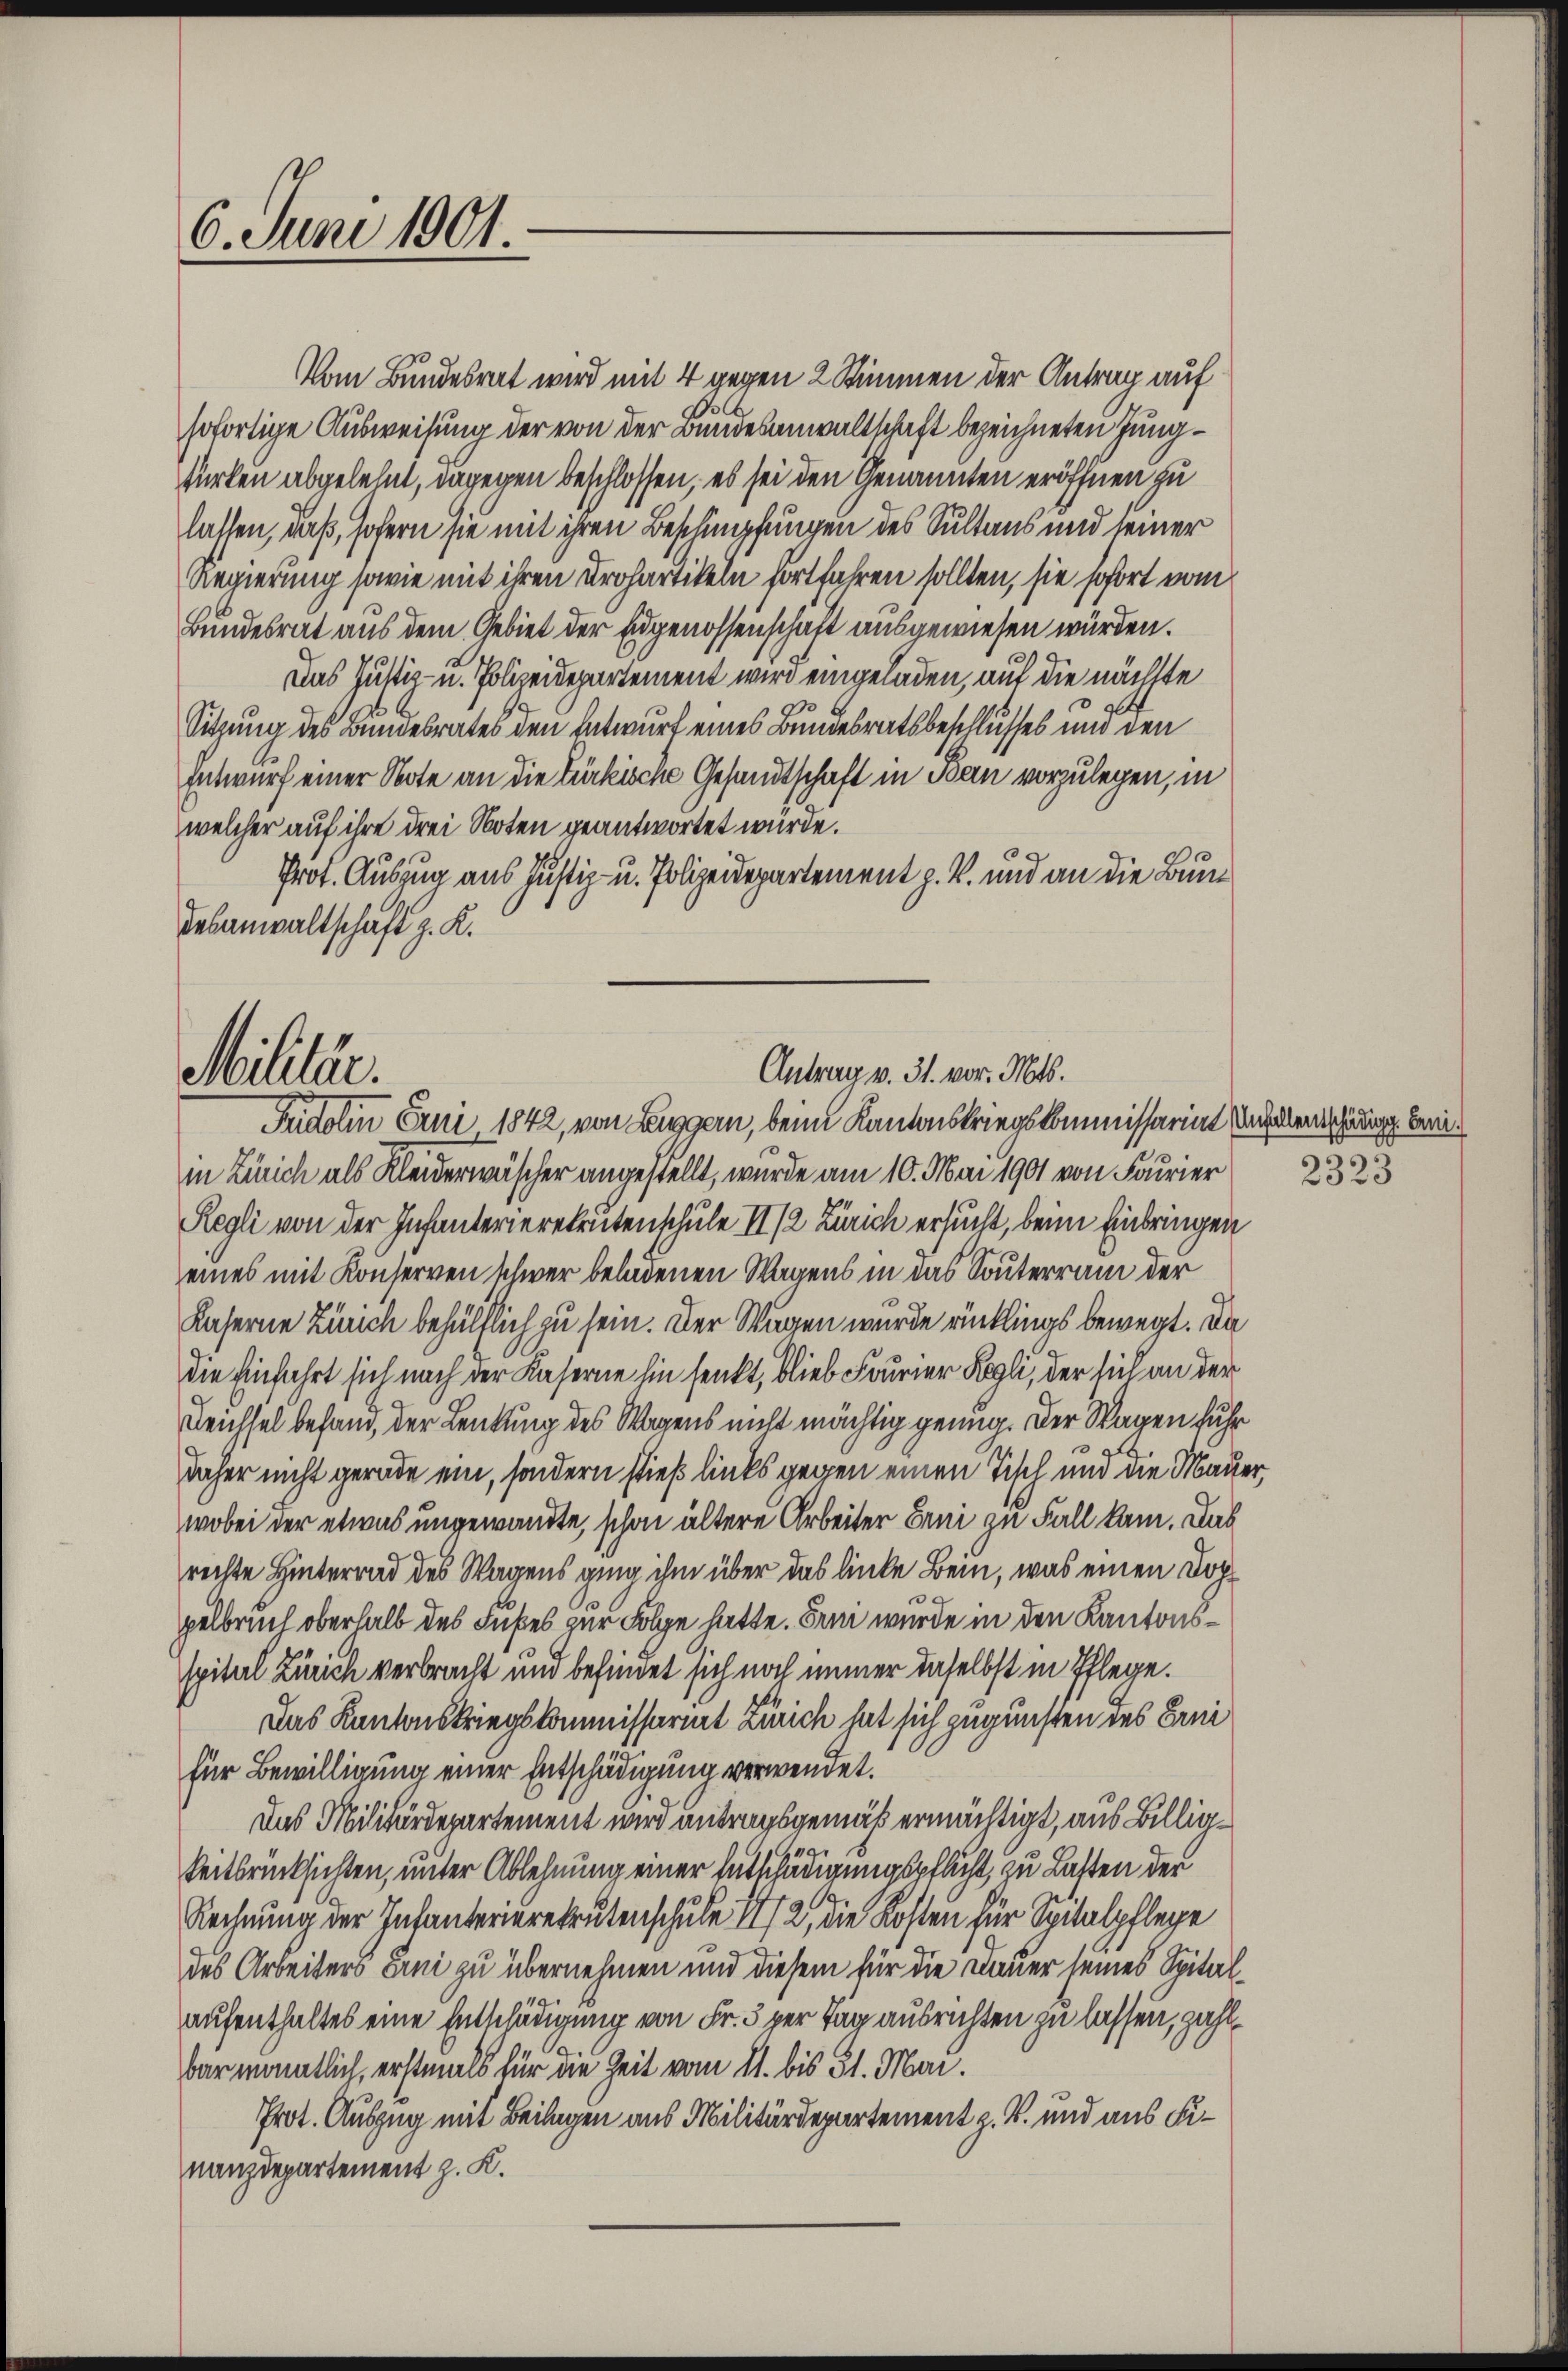
6. Juni 1901

Vom Bundesrat wird mit 4 gegen 2 Stimmen der Antrag auf
sofortige Ausweisung der von der Bundesanwaltschaft bezeichneten Jungwirken abgelehnt, dagegen beschlossen, es sei den Genannten eröffnen zu
lassen, daß, sofern sie mit ihren Beschimpfungen des Sultans und seiner
Regierung sowie mit ihren Drohartikeln fortfahren sollten, sie sofort vom
Bundesrat aus dem Gebiet der Eidgenossenschaft ausgewiesen würden.
Das Justiz- u. Polizeidepartement wird eingeladen, auf die nächste
Sitzung des Bundesrates den Entwurf eines Bundesratsbeschlusses und den
Entwurf einer Note an die Türkische Gesandtschaft in Ban vorzulegen, in
welcher auf ihre drei Noten geantwortet wurde.
Prot. Auszug aus Justiz- u. Polizeidepartement z. B. und an die Bundesanwaltschaft z. K.

Antrag v. 31. vor. Mts.
Militär.
Fidolin Erni 1842, von Leggern, beim Kantonskriegskommissariat Anfallenschauung beri¬

in Zürich als Kleiderwäscher angestellt, wurde am 10. Mai 1901 von Fourier
Regli von der Infanterierekrutenschule II /2 Zürich ersucht, beim Einbringen
eines mit Konserven schwer beladenen Wagens in das Souterrain der
Kaserne Zürich behältlich zu sein. Der Wagen wurde rücklings bewegt. Da
die Einführt sich nach der Kaserne hin senkt, blieb Fourier Regli, der sich an der
Leichsel befand, der Lenkung des Wagens nicht mächtig genug. Der Wagen fuhr
daher nicht gerade ein, sondern stieß links gegen einen Titel und die Mauer,
wobei der etwas ungewandte, schon ältere Arbeiter Erni zu Fall kam. Das
rechte Hinterrad des Wagens ging ihm über das linke Bein, was einen Doppelbruch oberhalb des Fußes zur Folge hatte. Bei wurde in den Kantonsspital Zürich verbracht und befindet sich noch immer daselbst in Pflege.
Das Kantonskriegskommissariat Zürich hat sich zugunsten des Freifür Bewilligung einer Entschädigung verwendet.
Das Militärdepartement wird antragsgemäß ermächtigt, aus Billigkeitsrücksichten, unter Ablehnung einer Entschädigungspflicht, zu Lasten der
Rechnung der Infanterierekrutenschule 1/2, die Kosten für Spitalpflege
des Arbeiters Eini zu übernehmen und diesem für die Dauer seines Spitalaufenthaltes eine Entschädigung von Fr. 3 per Tag ausrichten zu lassen, zahlbar mantlich, erstmals für die Zeit vom 11. bis 31. Mai.
Prot. Auszug mit Beilagen aus Militärdepartement z. B. und aus Funanzdepartement z. K.

0
u
2323